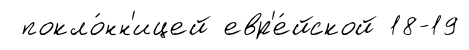
покло́нн'ицей евр'е́йской 18-19